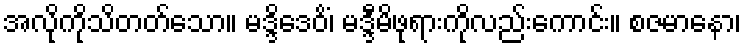
အလိုကိုသိတတ်သော။ မဒ္ဒိဒေဝိံ၊ မဒ္ဒီမိဖုရားကိုလည်းကောင်း။ စဇမာနော၊